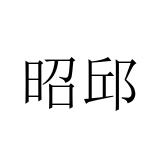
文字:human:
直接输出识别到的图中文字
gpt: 昭邱